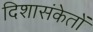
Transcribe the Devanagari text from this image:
दिशासंकेतों